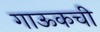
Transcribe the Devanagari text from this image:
गाऊकची